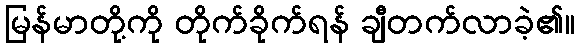
မြန်မာတို့ကို တိုက်ခိုက်ရန် ချီတက်လာခဲ့၏။